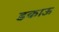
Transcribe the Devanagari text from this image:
डकाऊ